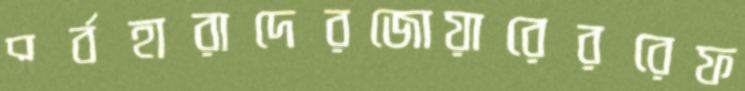
সর্বহারাদেরজোয়ারেররেফ